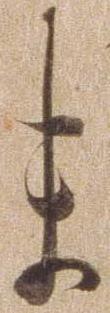
ま